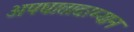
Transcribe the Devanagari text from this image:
अपघातादरम्यान